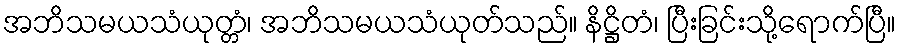
အဘိသမယသံယုတ္တံ၊ အဘိသမယသံယုတ်သည်။ နိဋ္ဌိတံ၊ ပြီးခြင်းသို့ရောက်ပြီ။